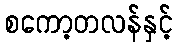
စကော့တလန်နှင့်